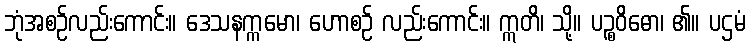
ဘုံအစဉ်လည်းကောင်း။ ဒေသနက္ကမော၊ ဟောစဉ် လည်းကောင်း။ ဣတိ၊ သို့။ ပဉ္စဝိဓော၊ ၏။ ပဌမံ